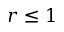
r \leq 1